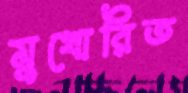
মুখোরিত